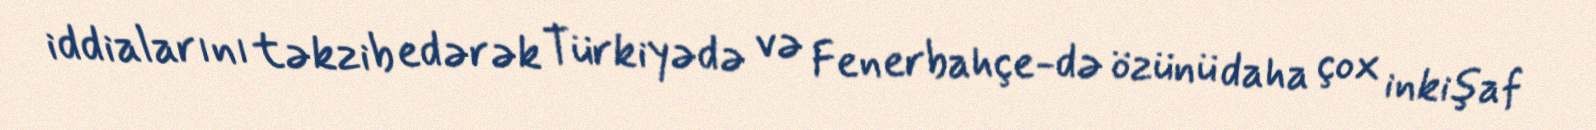
iddialarını təkzib edərək Türkiyədə və Fenerbahçe-də özünü daha çox inkişaf